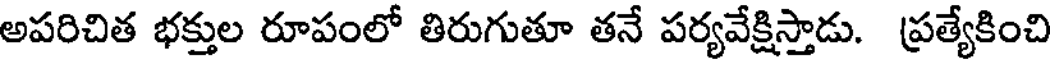
అపరిచిత భక్తుల రూపంలో తిరుగుతూ తనే పర్యవేక్షిస్తాడు. ప్రత్యేకించి